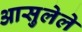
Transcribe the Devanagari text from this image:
आसुलेले